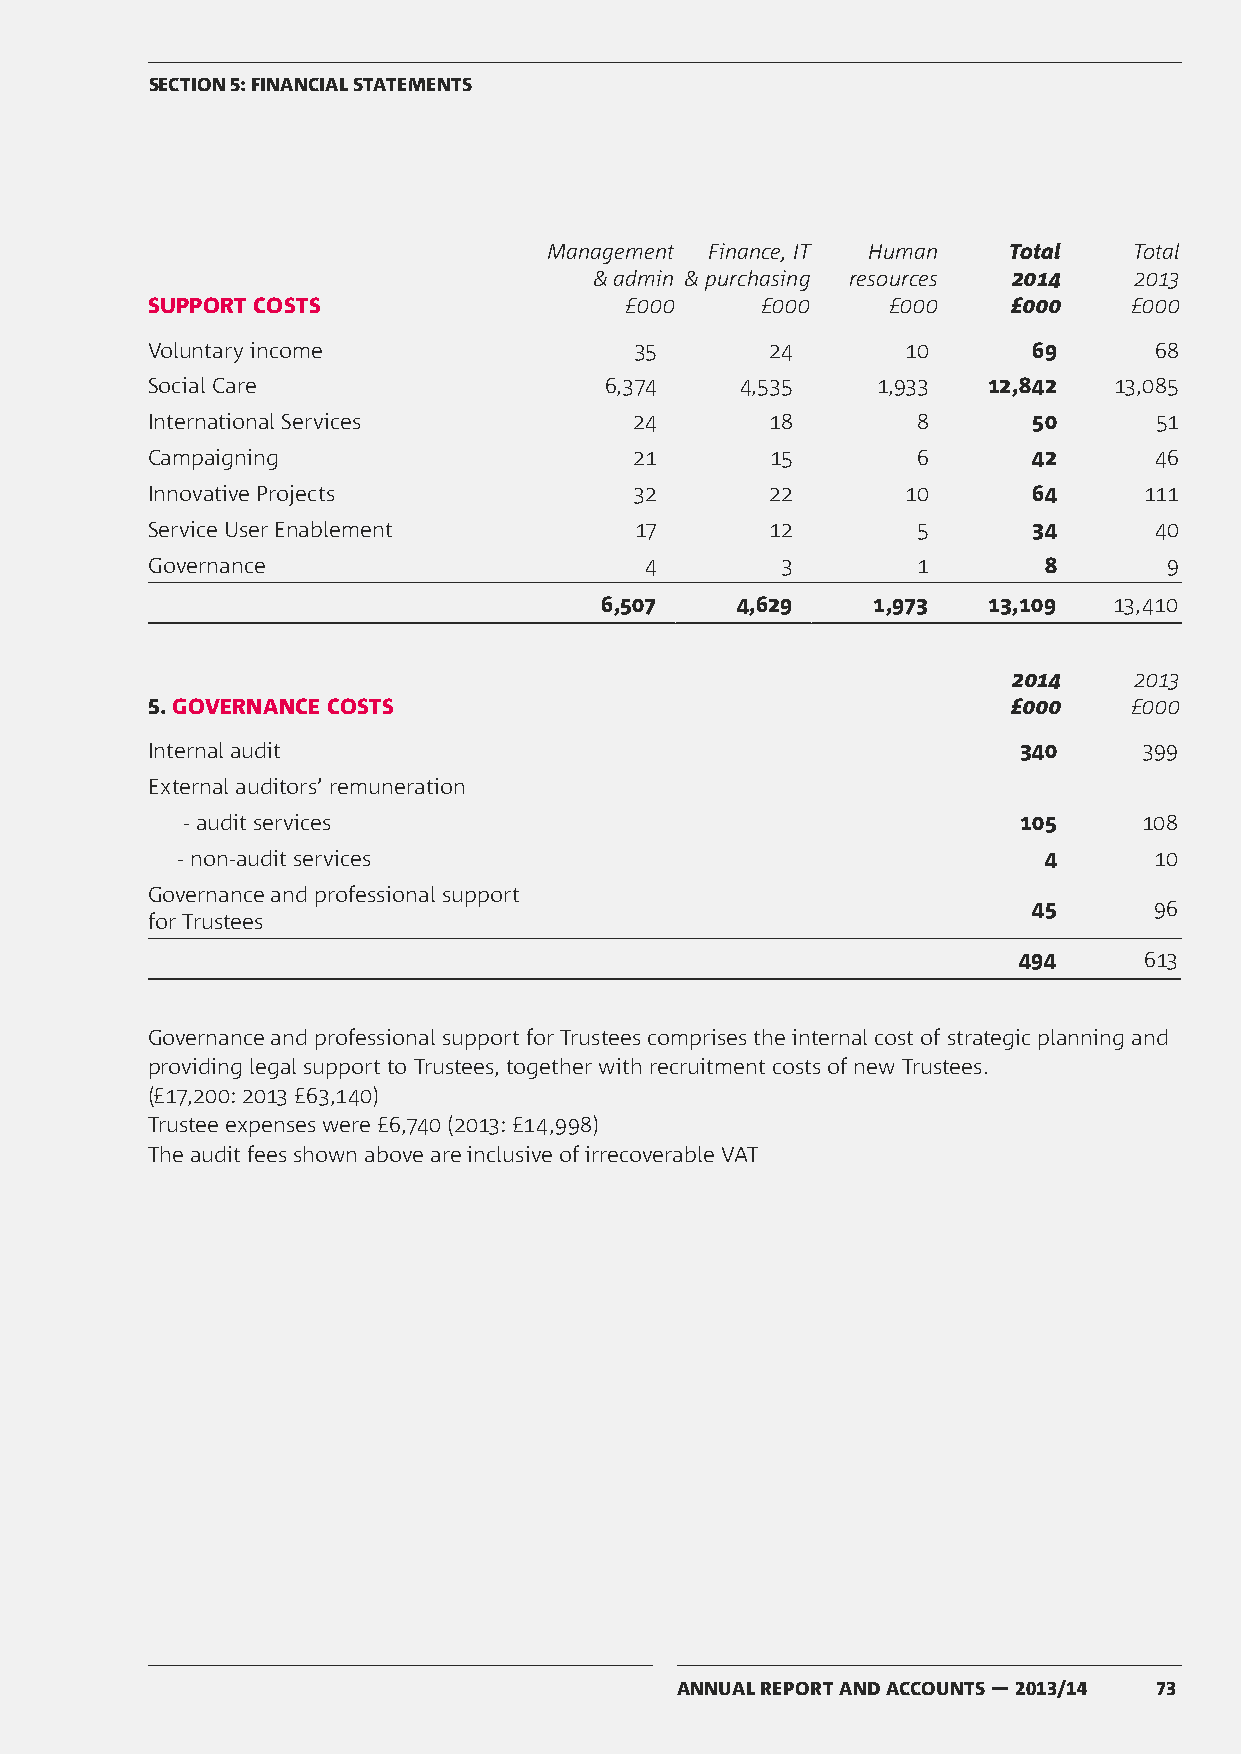
SECTION 5: FINANCIAL STATEMENTS
 Management Finance, IT Human   Total   Total
 & admin & purchasing resources 2014 2013
 SUPPORT COSTS                  £000     £000     £000    £000    £000
 Voluntary income                35       24       10      69      68
 Social Care                   6,374    4,535    1,933  12,842   13,085
 International Services          24       18        8      50      51
 Campaigning                     21       15        6      42      46
 Innovative Projects             32       22       10      64      111
 Service User Enablement         17       12        5      34      40
 Governance                       4        3        1       8       9
 6,507    4,629    1,973  13,109   13,410
 2014    2013
 5. GOVERNANCE COSTS                                      £000    £000
 Internal audit                                           340      399
 External auditors’ remuneration
 - audit services                                        105     108
 - non-audit services                                     4      10
 Governance and professional support
 45      96
 for Trustees
 494      613
 Governance and professional support for Trustees comprises the internal cost of strategic planning and
 providing legal support to Trustees, together with recruitment costs of new Trustees.
 (£17,200: 2013 £63,140)
 Trustee expenses were £6,740 (2013: £14,998)
 The audit fees shown above are inclusive of irrecoverable VAT
 ANNUAL REPORT AND ACCOUNTS — 2013/14 73